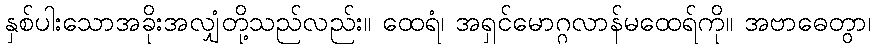
နှစ်ပါးသောအခိုးအလျှံတို့သည်လည်း။ ထေရံ၊ အရှင်မောဂ္ဂလာန်မထေရ်ကို။ အဗာဓေတွာ၊